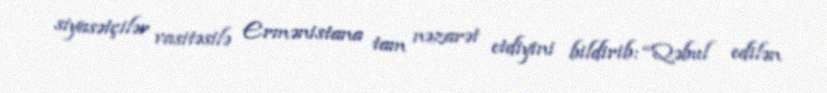
siyasətçilər vasitəsilə Ermənistana tam nəzarət etdiyini bildirib: “Qəbul edilən